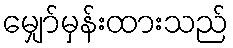
မျှော်မှန်းထားသည်